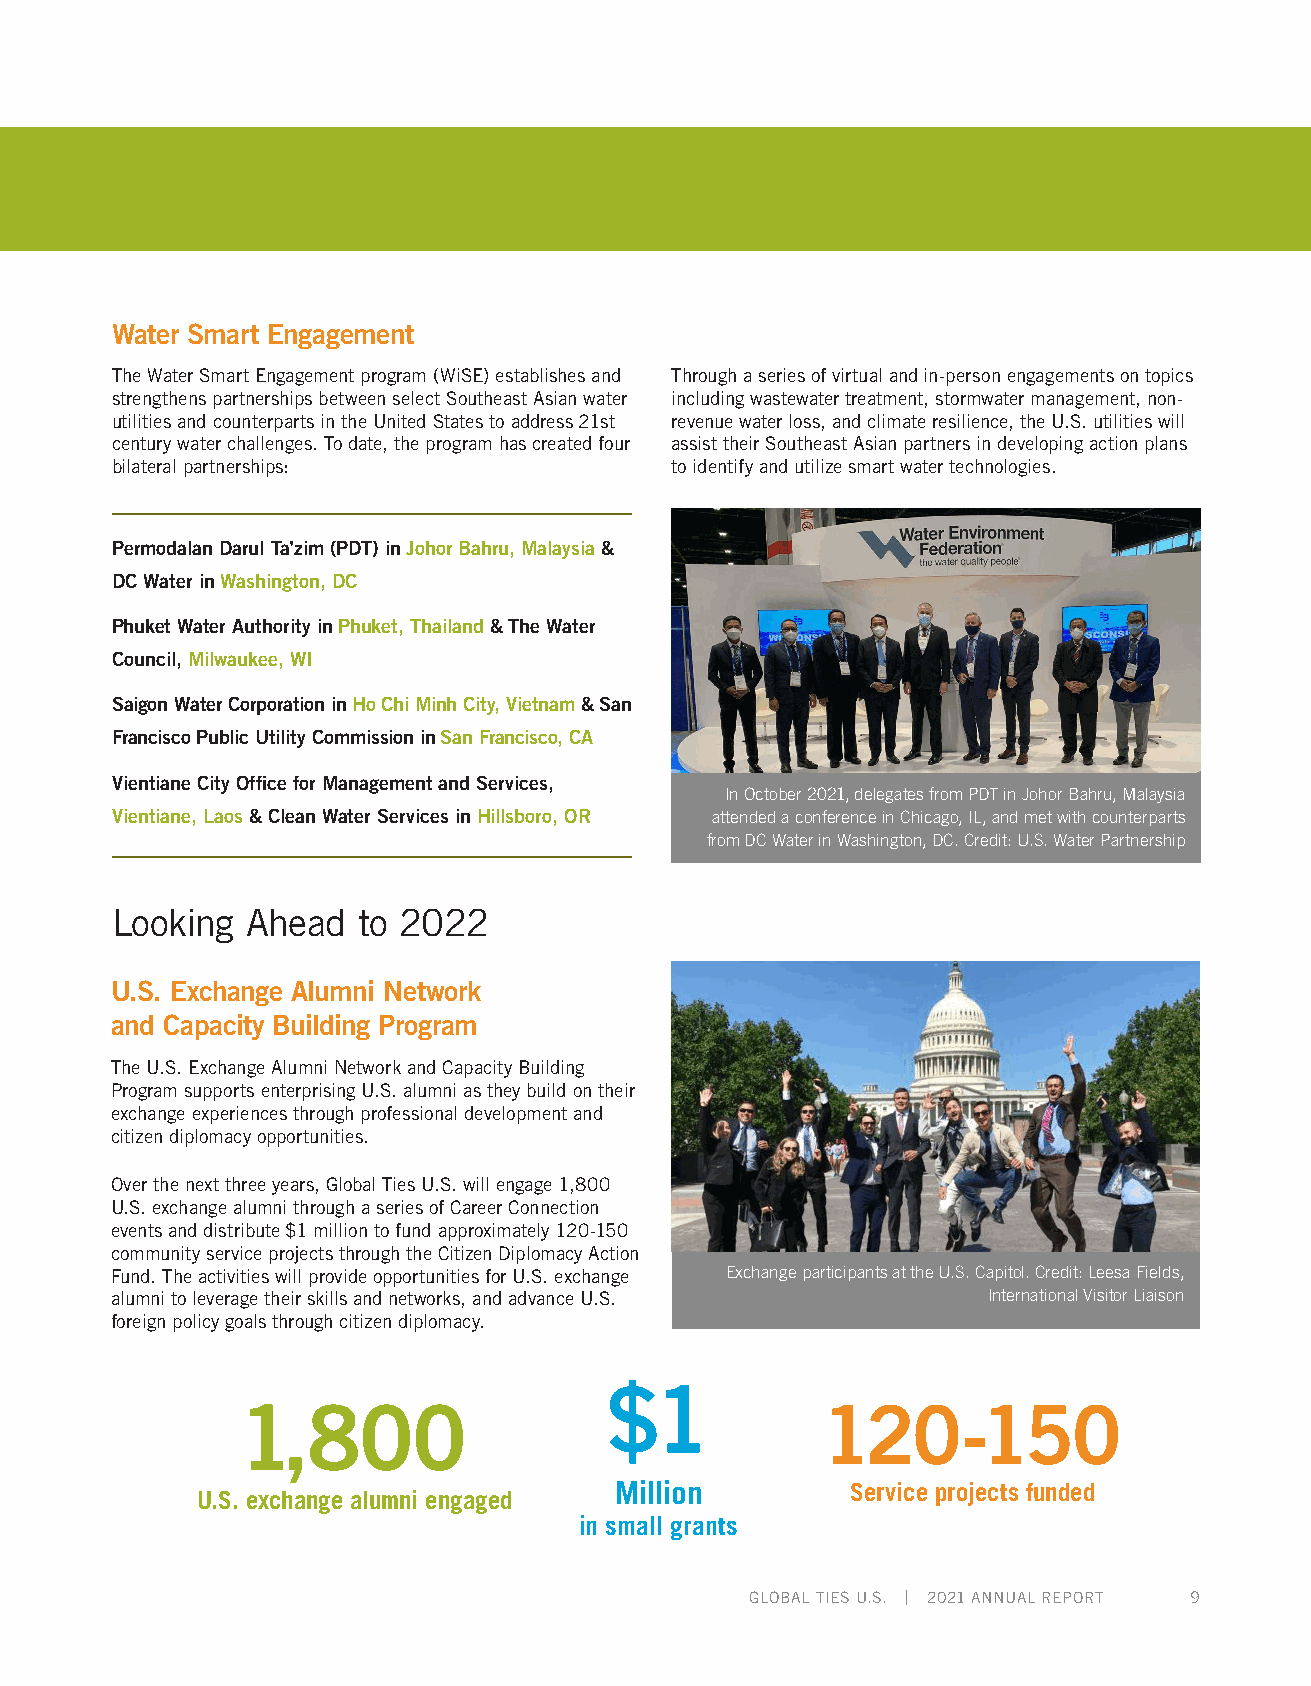
Water Smart Engagement
 The Water Smart Engagement program (WiSE) establishes and Through a series of virtual and in-person engagements on topics
 strengthens partnerships between select Southeast Asian water including wastewater treatment, stormwater management, non-
 utilities and counterparts in the United States to address 21st revenue water loss, and climate resilience, the U.S. utilities will
 century water challenges. To date, the program has created four assist their Southeast Asian partners in developing action plans
 bilateral partnerships:              to identify and utilize smart water technologies.
 Permodalan Darul Ta’zim (PDT) in Johor Bahru, Malaysia &
 DC Water in Washington, DC
 Phuket Water Authority in Phuket, Thailand & The Water
 Council, Milwaukee, WI
 Saigon Water Corporation in Ho Chi Minh City, Vietnam & San
 Francisco Public Utility Commission in San Francisco, CA
 Vientiane City Office for Management and Services,
 In October 2021, delegates from PDT in Johor Bahru, Malaysia
 Vientiane, Laos & Clean Water Services in Hillsboro, OR attended a conference in Chicago, IL, and met with counterparts
 from DC Water in Washington, DC. Credit: U.S. Water Partnership
 Looking  Ahead   to 2022
 U.S. Exchange Alumni Network
 and Capacity Building Program
 The U.S. Exchange Alumni Network and Capacity Building
 Program supports enterprising U.S. alumni as they build on their
 exchange experiences through professional development and
 citizen diplomacy opportunities.
 Over the next three years, Global Ties U.S. will engage 1,800
 U.S. exchange alumni through a series of Career Connection
 events and distribute $1 million to fund approximately 120-150
 community service projects through the Citizen Diplomacy Action
 Fund. The activities will provide opportunities for U.S. exchange Exchange participants at the U.S. Capitol. Credit: Leesa Fields,
 alumni to leverage their skills and networks, and advance U.S. International Visitor Liaison
 foreign policy goals through citizen diplomacy.
 $1
 1,800                                 120-150
 Million        Service projects funded
 U.S. exchange alumni engaged
 in small grants
 GLOBAL TIES U.S. | 2021 ANNUAL REPORT 9